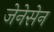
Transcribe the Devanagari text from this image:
जेनेसेन